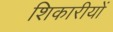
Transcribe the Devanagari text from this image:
शिकारीयों